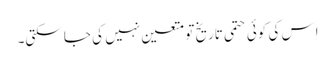
اِس کی کوئی حتمی تاریخ تو متعین نہیں کی جا سکتی۔